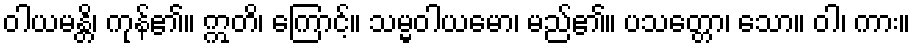
ဝါယမန္တိ၊ ကုန်၏။ ဣတိ၊ ကြောင့်။ သမ္မဝါယမော၊ မည်၏။ ပသတ္တော၊ သော။ ဝါ၊ ကား။